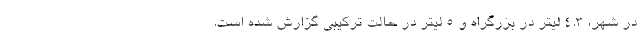
در شهر، 4.3 لیتر در بزرگراه و 5 لیتر در حالت ترکیبی گزارش شده است.